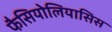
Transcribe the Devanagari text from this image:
फैसियोलियासिस